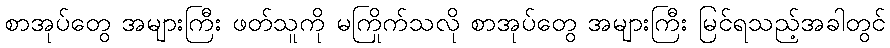
စာအုပ်တွေ အများကြီး ဖတ်သူကို မကြိုက်သလို စာအုပ်တွေ အများကြီး မြင်ရသည့်အခါတွင်